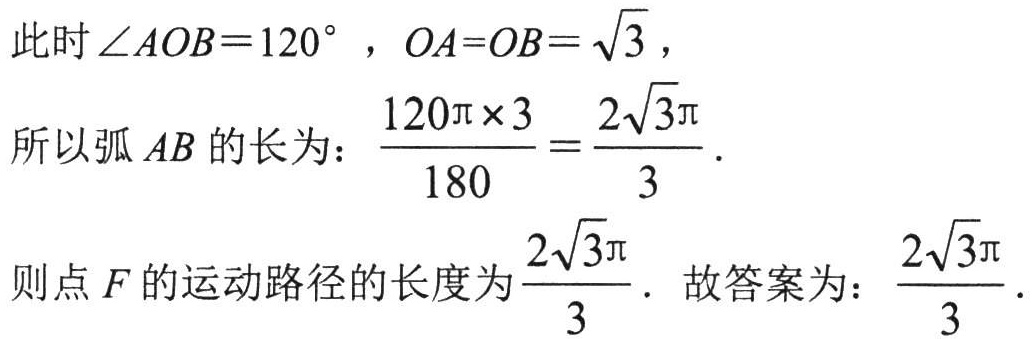
此时\(\angle AOB = 120^{\circ}\)，\(OA = OB=\sqrt{3}\)，
所以弧\(AB\)的长为：\(\frac{120\pi\times3}{180}=\frac{2\sqrt{3}\pi}{3}\)．
则点\(F\)的运动路径的长度为\(\frac{2\sqrt{3}\pi}{3}\)．故答案为：\(\frac{2\sqrt{3}\pi}{3}\)．